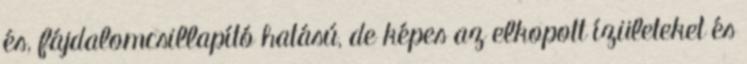
és, fájdalomcsillapító hatású, de képes az elkopott ízületeket és